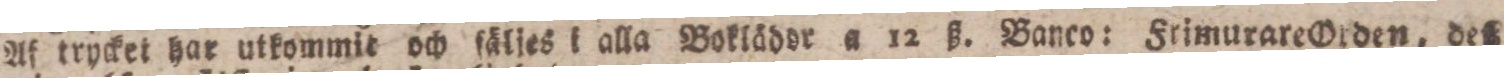
Af trycket har utkommit och fäljes i alla Boklädor a 12 ß. Banco: Frimurare Orden, deß